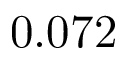
0 . 0 7 2